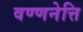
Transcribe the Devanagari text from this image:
वण्णनेत्ति